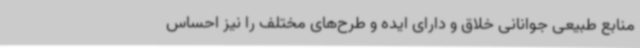
منابع طبیعی جوانانی خلاق و دارای ایده و طرح‌های مختلف را نیز احساس